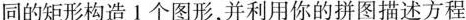
同的矩形构造1个图形，并利用你的拼图描述方程